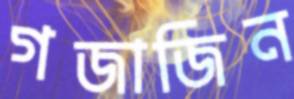
গজাজিন